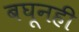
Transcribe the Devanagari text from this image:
बघूनही